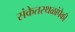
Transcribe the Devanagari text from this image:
संकेतस्थळांपैकी